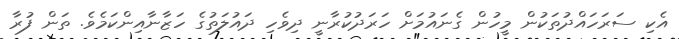
އެކި ސަރަހައްދުތަކުން މީހުން ގެނައުމަށް ހަރަދުކުރާނީ ދިވެހި ދައުލަތުގެ ހަޒާނާއިންކަމެވެ. ތަން ފުރާ